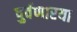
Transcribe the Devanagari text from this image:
पुर्वणारया